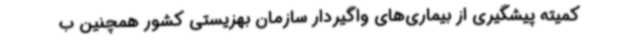
کمیته پیشگیری از بیماری‌های واگیردار سازمان بهزیستی کشور همچنین ب